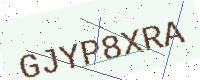
Text: GJYP8XRA